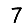
Digit: 7